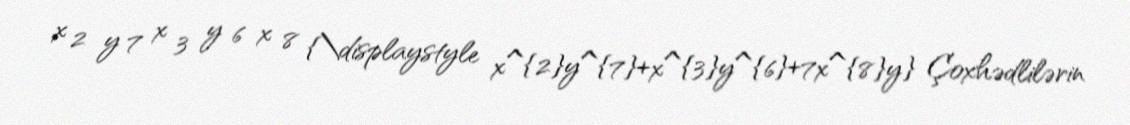
x 2 y 7 x 3 y 6 x 8 {\displaystyle x^{2}y^{7}+x^{3}y^{6}+7x^{8}y} Çoxhədlilərin